Indian journal of veterinary science and animal husbandry - Volumes 22-23, 1952-1953
Year: 1952
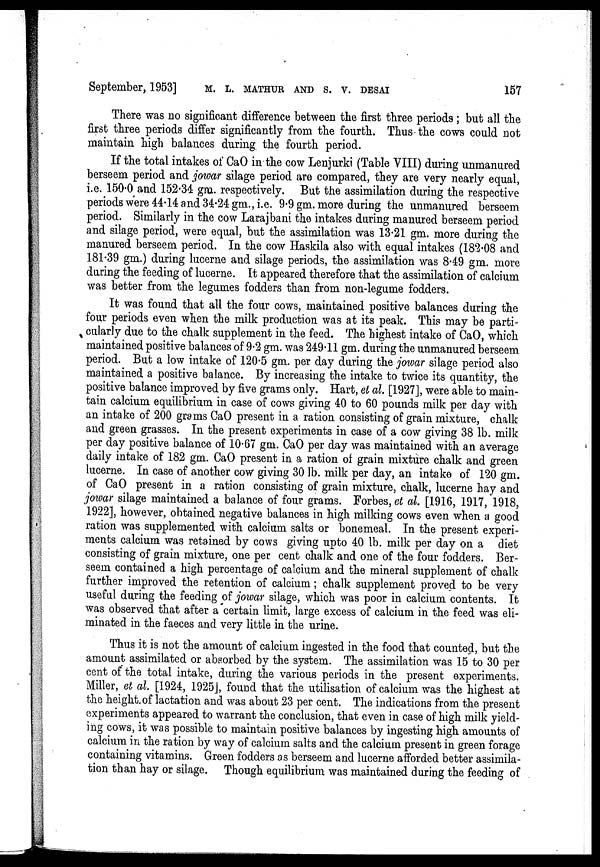
September, 1953] M. L. MATHUR AND S. V. DESAI 157
There was no significant difference between the first three periods ; but all the
first three periods differ significantly from the fourth. Thus the cows could not
maintain high balances during the fourth period.
If the total intakes of CaO in the cow Lenjurki (Table VIII) during unmanured
berseem period and jowar silage period are compared, they are very nearly equal,
i.e. 150.0 and 152.34 gm. respectively. But the assimilation during the respective
periods were 44.14 and 34.24 gm., i.e. 9.9 gm. more during the unmanured berseem
period. Similarly in the cow Larajbani the intakes during manured berseem period
and silage period, were equal, but the assimilation was 13.21 gm. more during the
manured berseem period. In the cow Haskila also with equal intakes (182.08 and
181.39 gm.) during lucerne and silage periods, the assimilation was 8.49 gm. more
during the feeding of lucerne. It appeared therefore that the assimilation of calcium
was better from the legumes fodders than from non-legume fodders.
It was found that all the four cows, maintained positive balances during the
four periods even when the milk production was at its peak. This may be parti-
cularly due to the chalk supplement in the feed. The highest intake of CaO, which
maintained positive balances of 9.2 gm. was 249.11 gm. during the unmanured berseem
period. But a low intake of 120.5 gm. per day during the jowar silage period also
maintained a positive balance. By increasing the intake to twice its quantity, the
positive balance improved by five grams only. Hart, et al. [1927], were able to main-
tain calcium equilibrium in case of cows giving 40 to 60 pounds milk per day with
an intake of 200 grams CaO present in a ration consisting of grain mixture, chalk
and green grasses. In the present experiments in case of a cow giving 38 lb. milk
per day positive balance of 10.67 gm. CaO per day was maintained with an average
daily intake of 182 gm. CaO present in a ration of grain mixture chalk and green
lucerne. In case of another cow giving 30 lb. milk per day, an intake of 120 gm.
of CaO present in a ration consisting of grain mixture, chalk, lucerne hay and
jowar silage maintained a balance of four grams. Forbes, et al. [1916, 1917, 1918,
1922], however, obtained negative balances in high milking cows even when a good
ration was supplemented with calcium salts or bonemeal. In the present experi-
ments calcium was retained by cows giving upto 40 lb. milk per day on a diet
consisting of grain mixture, one per cent chalk and one of the four fodders. Ber-
seem contained a high percentage of calcium and the mineral supplement of chalk
further improved the retention of calcium; chalk supplement proved to be very
useful during the feeding of jowar silage, which was poor in calcium contents. It
was observed that after a certain limit, large excess of calcium in the feed was eli-
minated in the faeces and very little in the urine.
Thus it is not the amount of calcium ingested in the food that counted, but the
amount assimilated or absorbed by the system. The assimilation was 15 to 30 per
cent of the total intake, during the various periods in the present experiments.
Miller, et al. [1924, 1925], found that the utilisation of calcium was the highest at
the height of lactation and was about 23 per cent. The indications from the present
experiments appeared to warrant the conclusion, that even in case of high milk yield-
ing cows, it was possible to maintain positive balances by ingesting high amounts of
calcium in the ration by way of calcium salts and the calcium present in green forage
containing vitamins. Green fodders as berseem and lucerne afforded better assimila-
tion than hay or silage. Though equilibrium was maintained during the feeding of